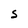
Character: S